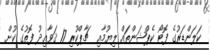
ކަލަންޑަރުގެ ފޮޓޯ ކެޕްޝަންތައް ލިޔުމާއި  ޗާޕްކުރި 17 ޤަވާޢިދު ފޮތުގެ ކުށް